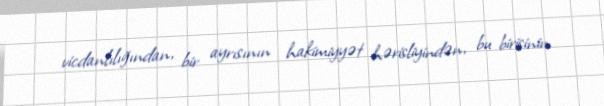
vicdanlılığından, bir ayrısının hakimiyyət hərisliyindən, bu birisinin